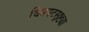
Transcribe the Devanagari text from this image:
चित्रपटसृष्ट्या